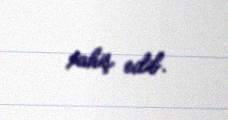
xahiş edib.